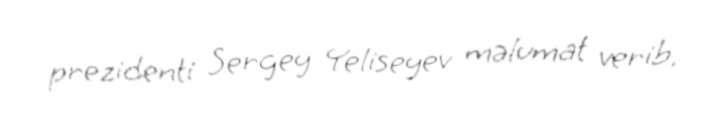
prezidenti Sergey Yeliseyev məlumat verib.